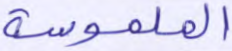
الملموسة